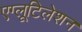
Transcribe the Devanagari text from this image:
एग्लूटिलेशन